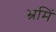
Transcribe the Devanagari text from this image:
भ्रमिं